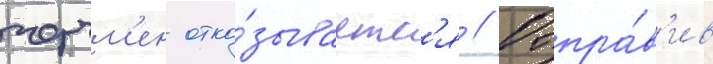
черчм'ен отка́зываетс'я // Отпра́в'ив